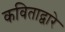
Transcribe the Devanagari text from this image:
कविताद्वारे